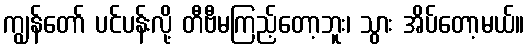
ကျွန်တော် ပင်ပန်းလို့ တီဗီမကြည့်တော့ဘူး၊ သွား အိပ်တော့မယ်။